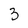
Character: 3